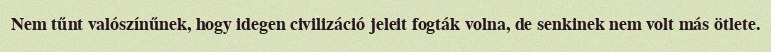
Nem tűnt valószínűnek, hogy idegen civilizáció jeleit fogták volna, de senkinek nem volt más ötlete.